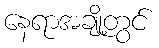
နေရာအချို့တွင်